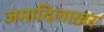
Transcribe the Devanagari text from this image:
जमादिलाखर